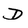
Character: D